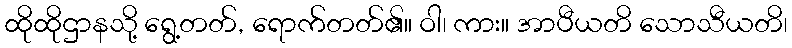
ထိုထိုဌာနသို့ ရွေ့တတ်, ရောက်တတ်၏။ ဝါ၊ ကား။ အာပီယတိ သောသီယတိ၊